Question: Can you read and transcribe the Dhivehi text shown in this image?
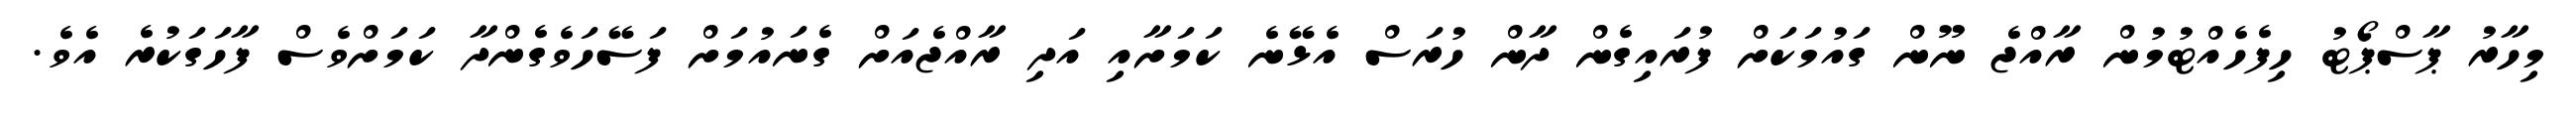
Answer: މިހާރު ޕާސްޕޯޓު ހިފެހެއްޓުމުން ރާއްޖެ ނޫން ގައުމަކަށް ފުރައިގެން ދާން ހުރަސް އެޅޭނެ ކަމަށާއި އަދި ރާއްޖެއަށް ގެނައުމަށް ފަސޭހަވެގެންދާ ކަމަށްވެސް ފާހަގަކުރެ އެވެ.